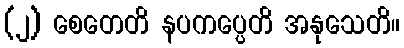
(၂) စေတေတိ နပကပ္ပေတိ အနုသေတိ။